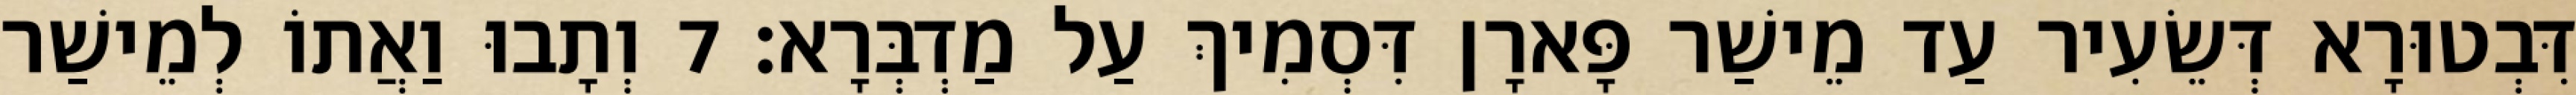
דִּבְטוּרָא דְּשֵׂעִיר עַד מֵישַׁר פָּארָן דִּסְמִיךְ עַל מַדְבְּרָא׃ 7 וְתָבוּ וַאֲתוֹ לְמֵישַׁר